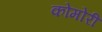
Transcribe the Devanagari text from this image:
कोमोरी